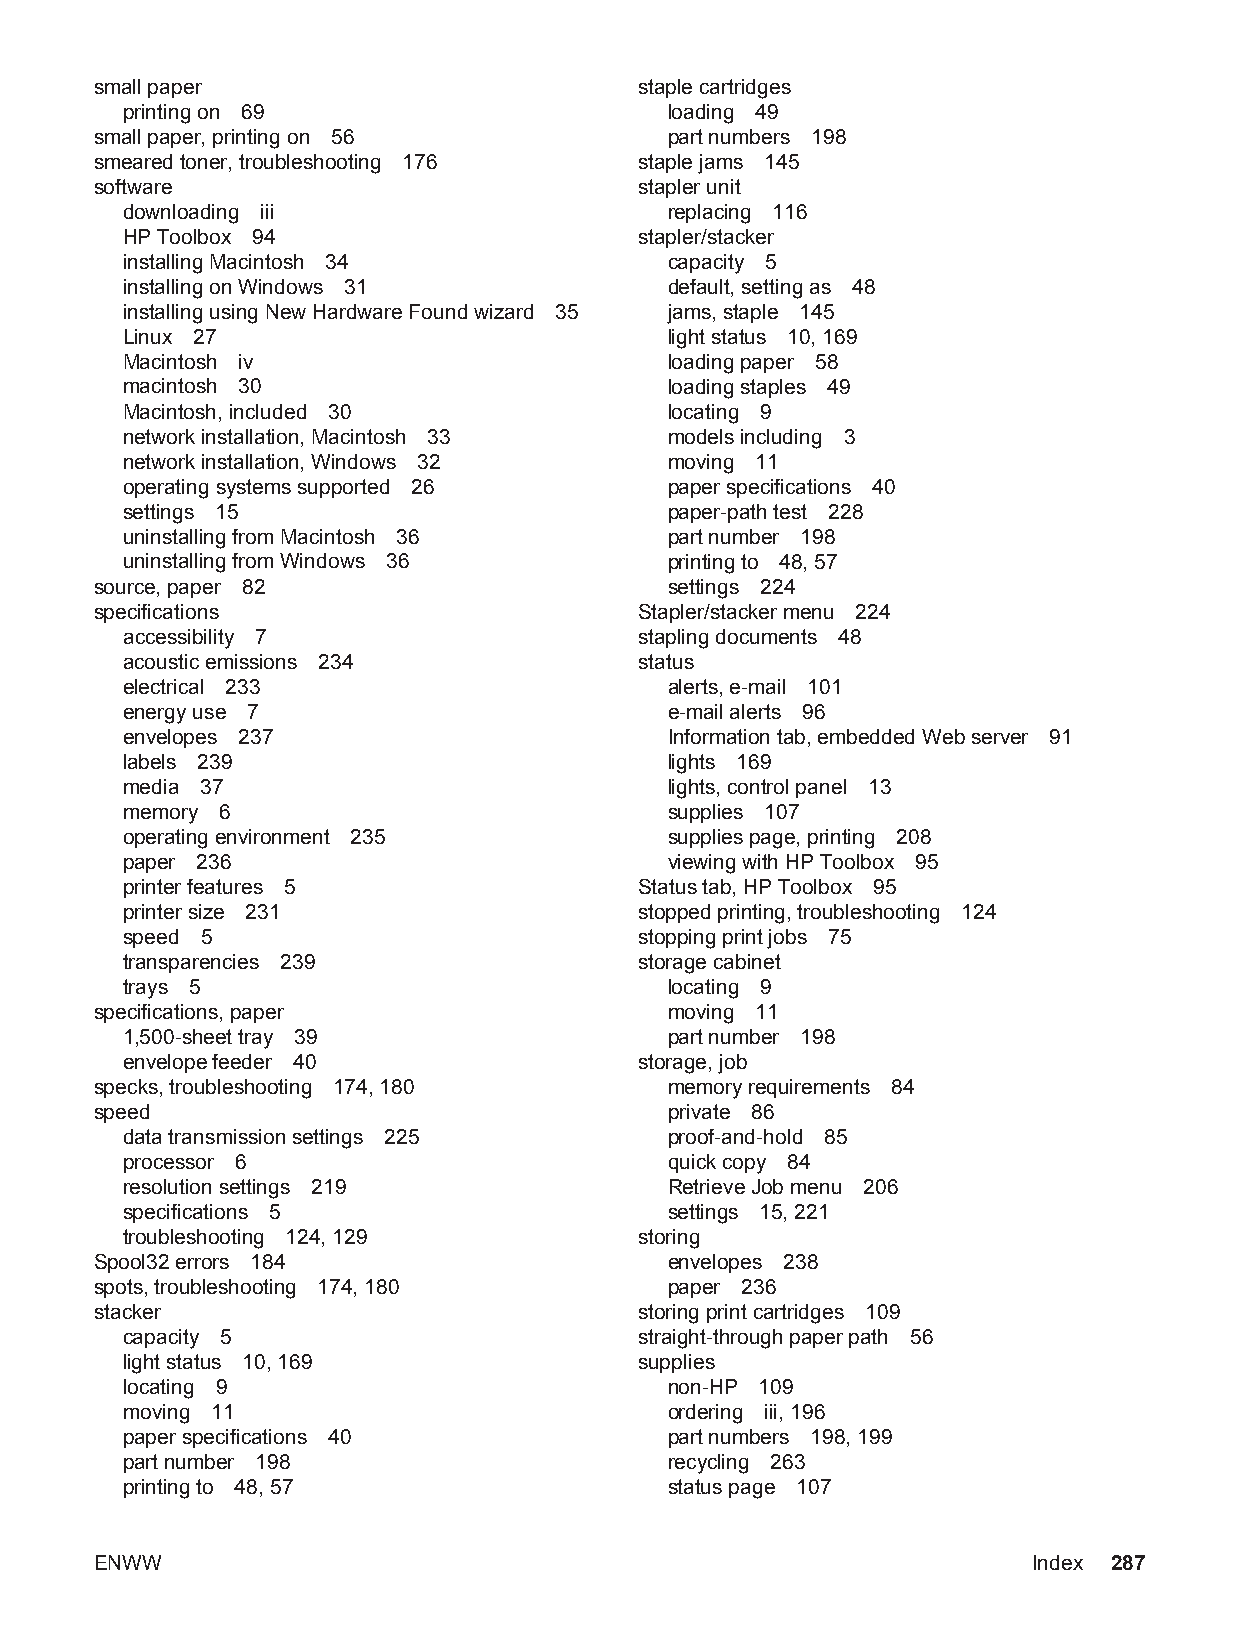
small paper                         staple cartridges
 printing on 69                      loading 49
 small paper, printing on 56           part numbers 198
 smeared toner, troubleshooting 176  staple jams 145
 software                            stapler unit
 downloading iii                     replacing 116
 HP Toolbox 94                     stapler/stacker
 installing Macintosh 34             capacity 5
 installing on Windows 31            default, setting as 48
 installing using New Hardware Found wizard 35 jams, staple 145
 Linux 27                            light status 10, 169
 Macintosh iv                        loading paper 58
 macintosh 30                        loading staples 49
 Macintosh, included 30              locating 9
 network installation, Macintosh 33  models including 3
 network installation, Windows 32    moving 11
 operating systems supported 26      paper specifications 40
 settings 15                         paper-path test 228
 uninstalling from Macintosh 36      part number 198
 uninstalling from Windows 36        printing to 48, 57
 source, paper 82                      settings 224
 specifications                      Stapler/stacker menu 224
 accessibility 7                   stapling documents 48
 acoustic emissions 234            status
 electrical 233                      alerts, e-mail 101
 energy use 7                        e-mail alerts 96
 envelopes 237                       Information tab, embedded Web server 91
 labels 239                          lights 169
 media 37                            lights, control panel 13
 memory 6                            supplies 107
 operating environment 235           supplies page, printing 208
 paper 236                           viewing with HP Toolbox 95
 printer features 5                Status tab, HP Toolbox 95
 printer size 231                  stopped printing, troubleshooting 124
 speed 5                           stopping print jobs 75
 transparencies 239                storage cabinet
 trays 5                             locating 9
 specifications, paper                 moving 11
 1,500-sheet tray 39                 part number 198
 envelope feeder 40                storage, job
 specks, troubleshooting 174, 180      memory requirements 84
 speed                                 private 86
 data transmission settings 225      proof-and-hold 85
 processor 6                         quick copy 84
 resolution settings 219             Retrieve Job menu 206
 specifications 5                    settings 15, 221
 troubleshooting 124, 129          storing
 Spool32 errors 184                    envelopes 238
 spots, troubleshooting 174, 180       paper 236
 stacker                             storing print cartridges 109
 capacity 5                        straight-through paper path 56
 light status 10, 169              supplies
 locating 9                          non-HP 109
 moving 11                           ordering iii, 196
 paper specifications 40             part numbers 198, 199
 part number 198                     recycling 263
 printing to 48, 57                  status page 107
 ENWW                                                          Index 287